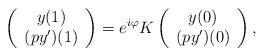
LaTeX: \begin{align*}\left( \begin{array}{c} y(1) \\ (py')(1) \\ \end{array} \right)=e^{i\varphi}K\left( \begin{array}{c} y(0) \\ (py')(0) \\ \end{array} \right), \end{align*}